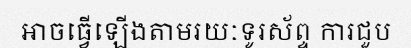
អាចធ្វើឡើងតាមរយៈទូរស័ព្ទ ការជួប